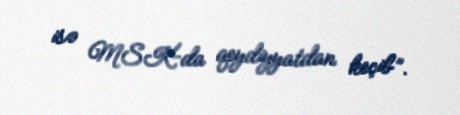
isə MSK-da qeydiyyatdan keçib”.